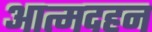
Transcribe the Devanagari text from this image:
आत्मदहन